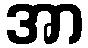
အာ